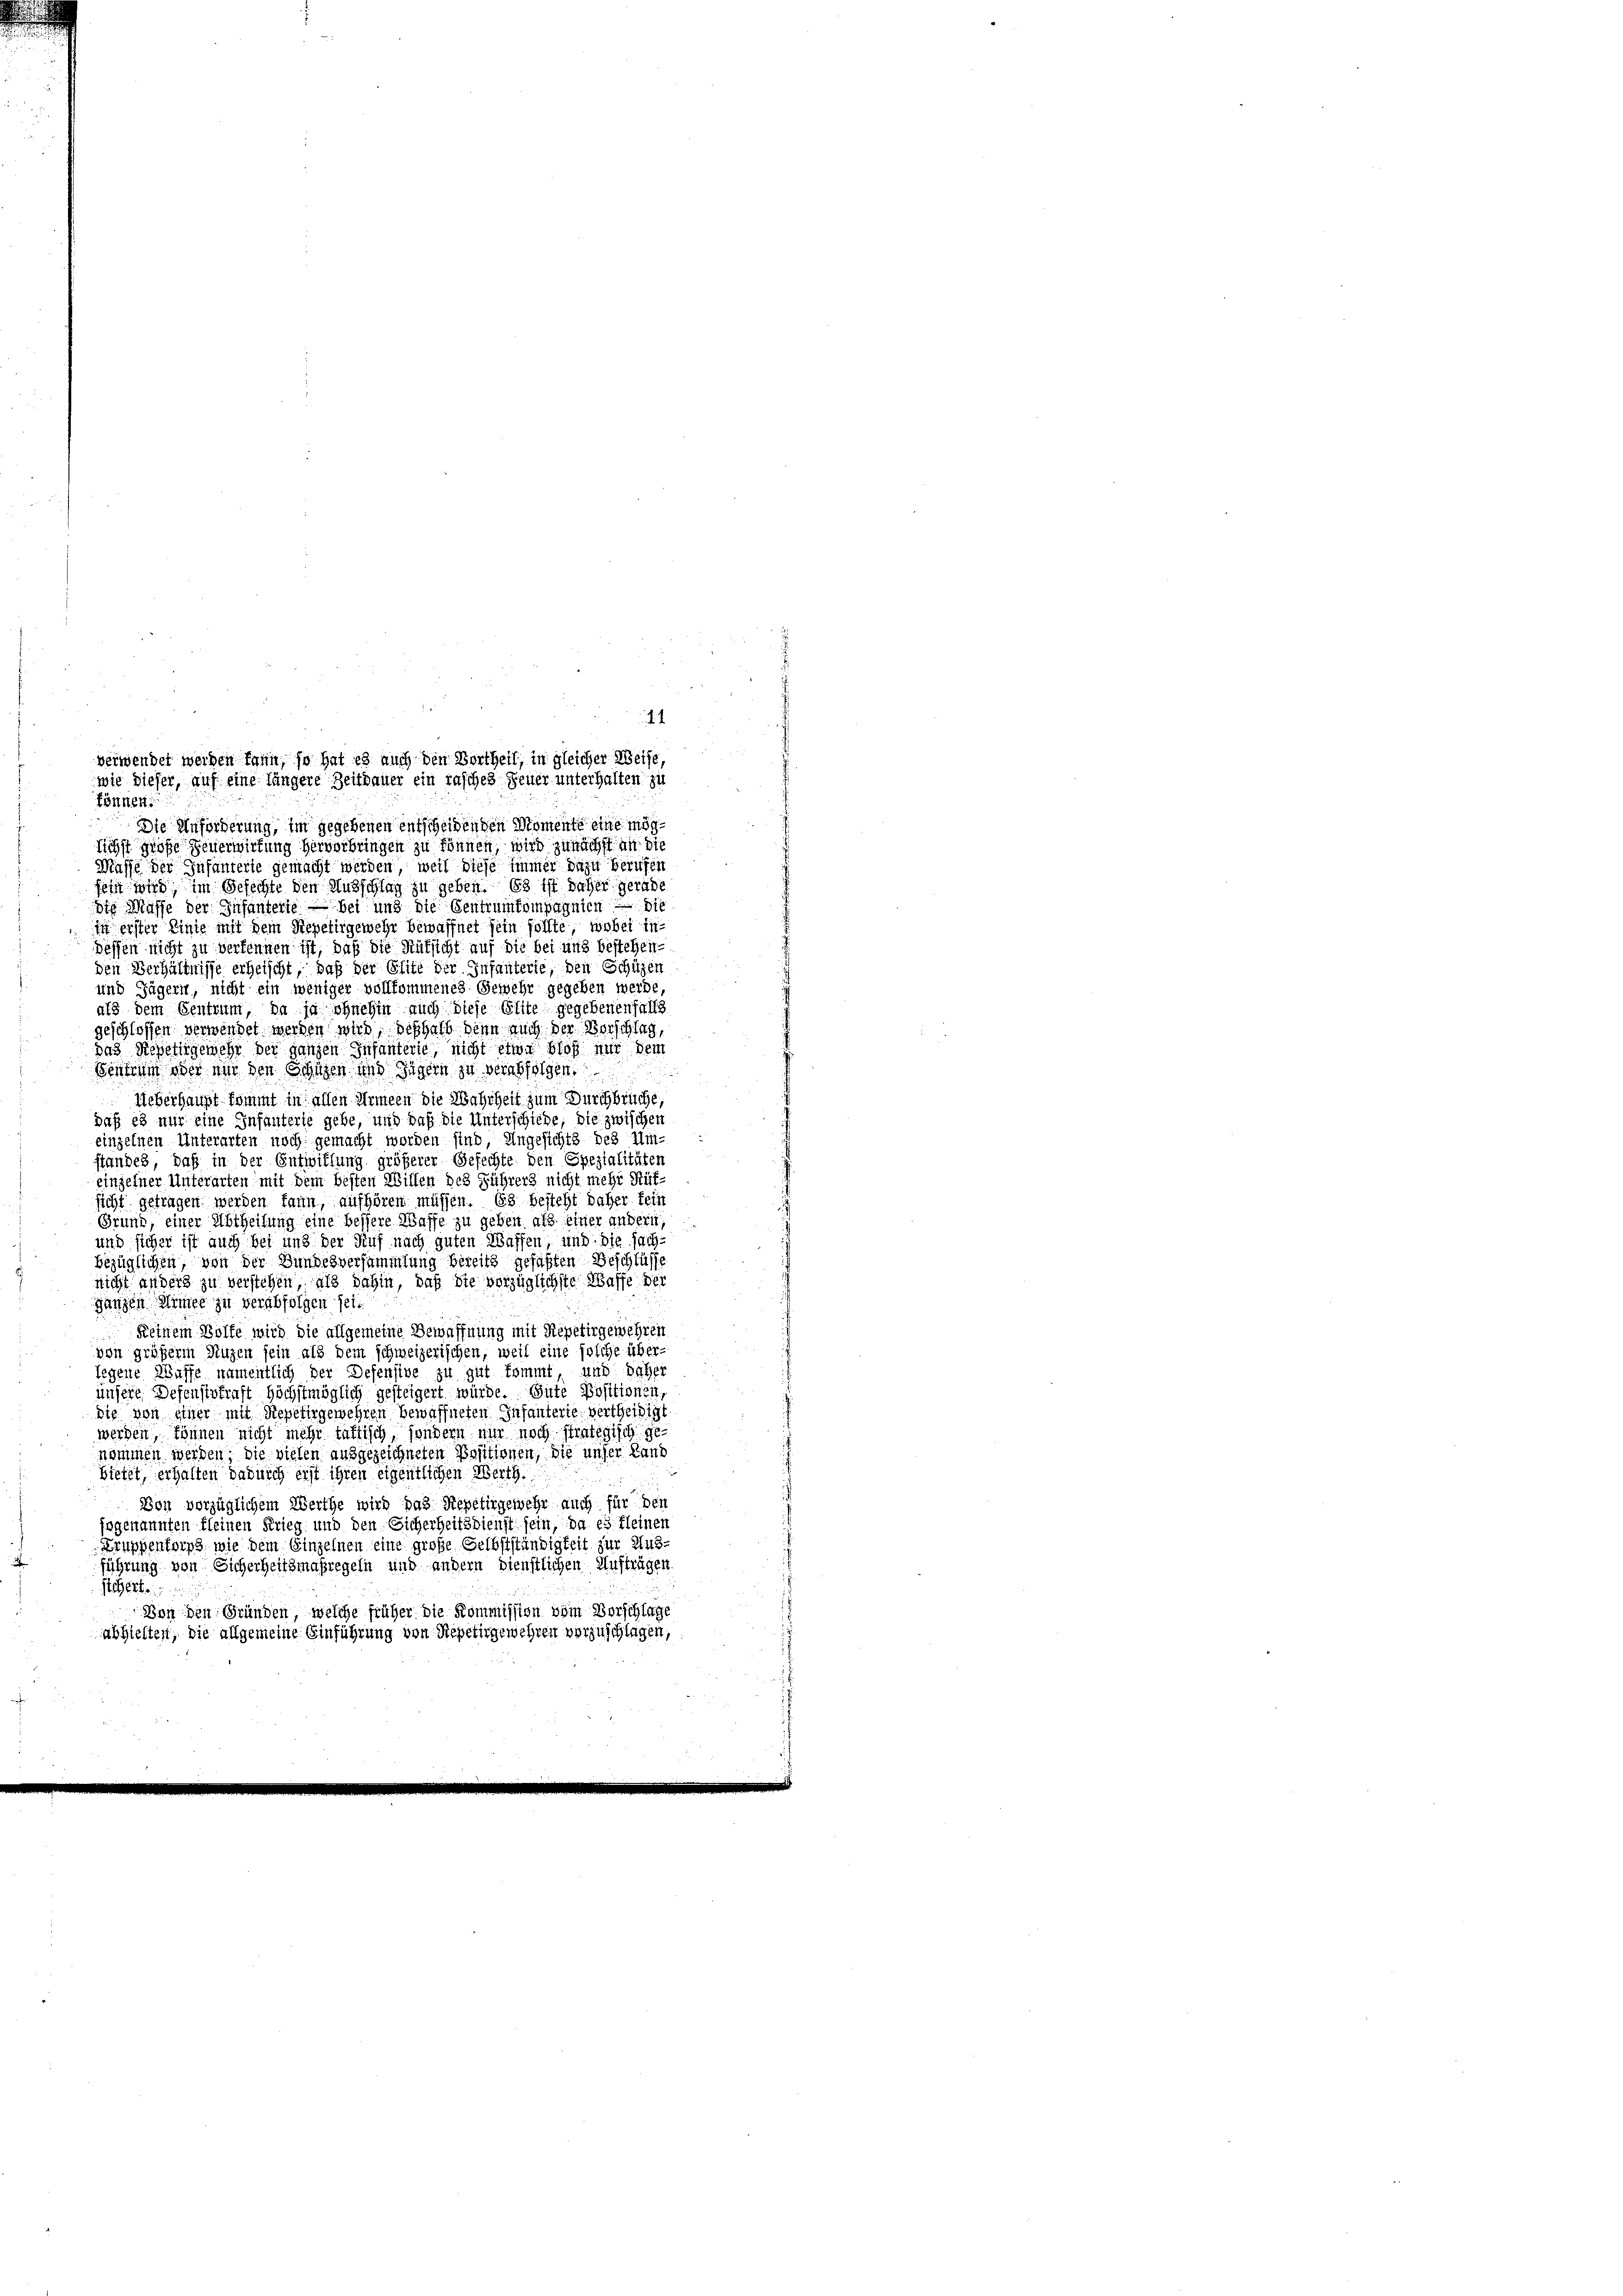
können.
Die Unförderung, im gegebenen entscheidenden Momente eine möglichst große Feuerwirtung hervorbringen zu können, wird zunächst an die
Masse der Zufänterte gemacht werden, weil diese immer dazu berufen
sein wird, im Gefechte den Ausschlag zu geben. Es ist daher gerade
die Masse der Infanterie — bei und die Centrumkompagnien die
in erster Linie mit dem Repetirgewehr bewaffnet sein sollte, wobei in-
Dessen nicht zu verkennen ist, daß die Aufsicht auf die bei und bestehenden Verhältnisse erheischt, daß der Glite der Infanterle, den Schützen
und Jägern, nicht ein weniger vollkommenes Gewehr gegeben werde,
als dem Sentrum, da ja ohnehin auch diese Elite gegebenenfalls
geschlossen verwendet werden wird, deshalb denn auch der Vorschlag,
das Repetirgemehr der ganzen Infanterie, nicht etwa bloß nur dem
Sentium oder um den Schulen und Zugern zu verabfolgen.
Ueberhaupt kommt in allen Armeen die Wahrheit zum Durchbrüche,
daß es nur eine Infanterte gebe, und daß die Unterschiebe, die zwischen
einzelnen Unterarten noch gemacht worden sind, Angesichts des Um-
standes, daß in der Entwiflung größerer Gefechte den Spezialitäten
einzelner Unterarten mit dem besten Willen des Führers nicht mehr Rüksicht getragen werden kann, aufhören müssen. Es besteht daher fein
Grund, einer Abtheilung eine bessere Waffe zu geben als einer andern
und sicher ist auch bei und der Ruf nach guten Waffen, und die sach-
bezüglichen, von der Bundesversammlung bereits gefaßten Beschlüsse
nicht anders zu verstehen, als dahin, daß Sie vorzüglichste Wasse der
ganzen Miner zu verabfolgen sei.
Keinem Wolfe wird die allgemeine Bewaffnung mit Repetirgewehren
von größerm Nuzen sein als dem schweizerischen, weil eine solche über-
legene Waffe namentlich der Defensive zu gut kommt, und daher
unsere Defenststraft höchstmöglich gesteigert würde. Gute Positionen,
die von einer mit Repetirgewehren bewaffneten Infanterie, vertheidigt.
werden, können nicht mehr tättisch, sondern nur noch strategisch genommen werden; die vielen ausgezeichneten Positionen, die unser Land
bietet, erhalten dadurch erst ihren eigentlichen Werth.
Von vorzüglichem Werthe wird pas Repetirgewehr auch für den
iggenannten kleinen Krieg und den Sicherheitsdienst sein, da es kleinen
ruppentorps, wie dem Einzelnen eine große Selbstständigkeit zur Ausführung von Sicherheitsmaßregeln und andern dienstlichen Aufträgen
sichert.
Bon den Gründen, welche früher die Kommission vom Vorschlage
abhielten, die allgemeine Einführung von Repetirgewehren vorzuschlagen,

1
verwendet werden kann, so hat es auch den Vortheil, in gleicher Weise,
wie dieser, auf eine längere Zeitdauer ein rasches Feuer unterhalten zu